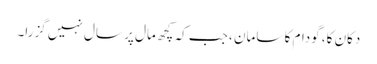
دکان کا، گودام کا سامان ، جب کہ کچھ مال پر سال نہیں گزرا۔